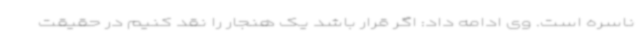
ناسره است. وی ادامه داد: اگر قرار باشد یک هنجار را نقد کنیم در حقیقت